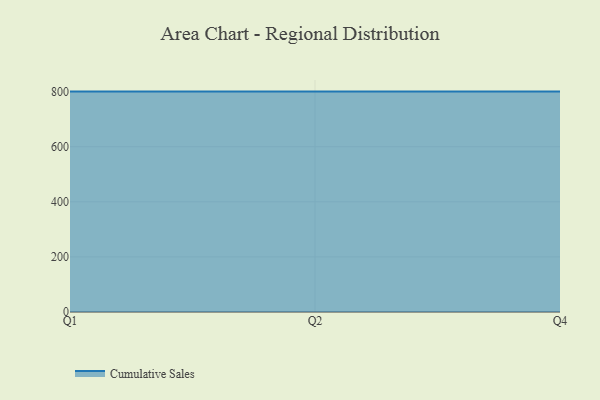
{"axis": {"x": "Quarter", "y": "Latency (ms)"}, "legend": ["Cumulative Sales"], "data": [{"x": "Q1", "y": 800, "type": "Cumulative Sales"}, {"x": "Q2", "y": 800, "type": "Cumulative Sales"}, {"x": "Q4", "y": 800, "type": "Cumulative Sales"}]}